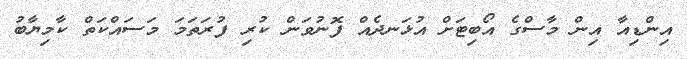
އިންޑިއާ އިން މާސްގެ އޯބިޓަށް އުޅަނދެއް ފޮނުވަން ކުރި ފުރަތަމަ މަސައްކަތް ކާމިޔާބު